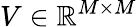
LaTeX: V\in\mathbb{R}^{M\times M}